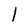
Character: 1